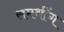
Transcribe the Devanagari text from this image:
समथींग